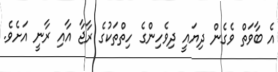
އެ ބާވަތް ވެގެން ދިޔައީ ދިވެހިންގެ ހިތްތަކުގެ ރާޖާ އާއި ރާނީ އަށެވެ.